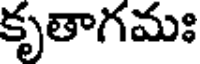
కృతాగమః